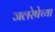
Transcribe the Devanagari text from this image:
जलरेषेच्या